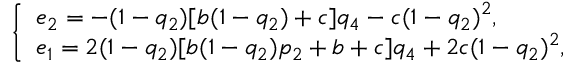
\left\{ \begin{array} { l l } { e _ { 2 } = - ( 1 - q _ { 2 } ) [ b ( 1 - q _ { 2 } ) + c ] q _ { 4 } - c ( 1 - q _ { 2 } ) ^ { 2 } , } \\ { e _ { 1 } = 2 ( 1 - q _ { 2 } ) [ b ( 1 - q _ { 2 } ) p _ { 2 } + b + c ] q _ { 4 } + 2 c ( 1 - q _ { 2 } ) ^ { 2 } , } \end{array} \right.